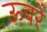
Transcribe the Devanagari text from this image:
ऊबरे